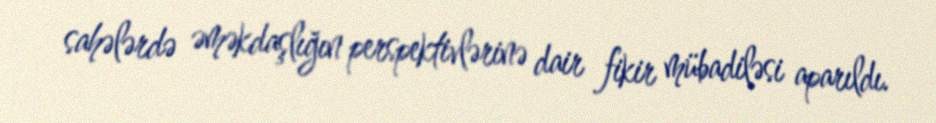
sahələrdə əməkdaşlığın perspektivlərinə dair fikir mübadiləsi aparıldı.